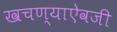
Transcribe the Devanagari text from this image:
खचण्याऐवजी